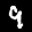
Label: 9